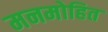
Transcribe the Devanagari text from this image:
मनमोहित